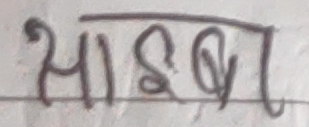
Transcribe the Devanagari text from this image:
साइब